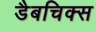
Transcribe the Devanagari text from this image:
डैबचिक्स